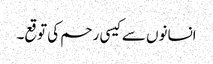
انسانوں سے کیسی رحم کی توقع۔